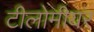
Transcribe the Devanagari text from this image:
टीलोमीयर